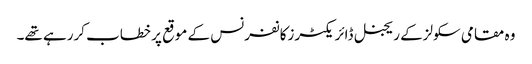
وہ مقامی سکولزکے ریجنل ڈائریکٹرزکانفرنس کے موقع پر خطاب کررہے تھے۔